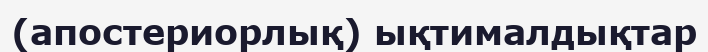
(апостериорлық) ықтималдықтар